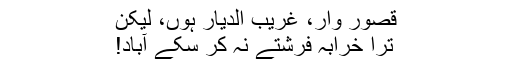
قصور وار، غریب الدیار ہوں، لیکن
ترا خرابہ فرشتے نہ کر سکے آباد!